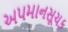
અપમાનસૂચક